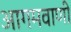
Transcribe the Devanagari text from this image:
आगमवाणी